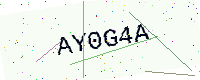
Text: AY0G4A